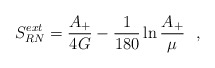
\begin{align*}S_{RN}^{ext}={A_+\over 4G}-{1\over 180} \ln {A_+\over \mu}~~,\end{align*}